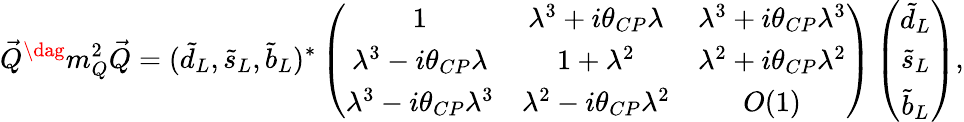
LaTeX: \vec{Q}^{\dag}m_{Q}^{2}\vec{Q}=(\tilde{d}_{L},\tilde{s}_{L},\tilde{b}_{L})^{*}\left(\begin{array}{ccc}{{1}}&{{\lambda^{3}+i\theta_{CP}\lambda}}&{{\lambda^{3}+i\theta_{CP}\lambda^{3}}}\\ {{\lambda^{3}-i\theta_{CP}\lambda}}&{{1+\lambda^{2}}}&{{\lambda^{2}+i\theta_{CP}\lambda^{2}}}\\ {{\lambda^{3}-i\theta_{CP}\lambda^{3}}}&{{\lambda^{2}-i\theta_{CP}\lambda^{2}}}&{{O(1)}}\end{array}\right)\left(\begin{array}{c}{{\tilde{d}_{L}}}\\ {{\tilde{s}_{L}}}\\ {{\tilde{b}_{L}}}\end{array}\right),